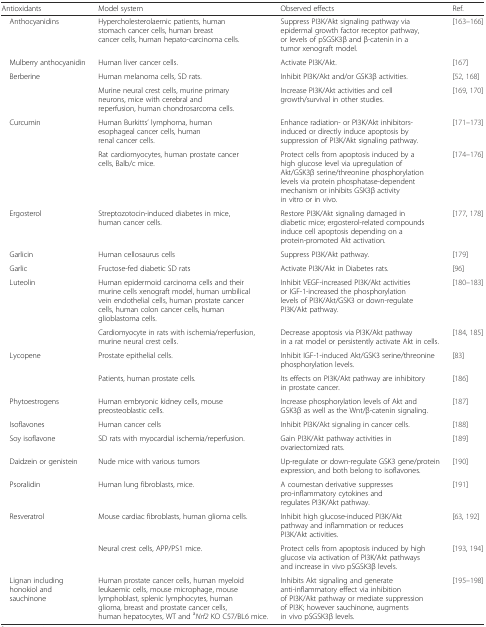
<table><thead><tr><td><b>Antioxidants</b></td><td><b>Model system</b></td><td><b>Observed effects</b></td><td><b>Ref.</b></td></tr></thead><tbody><tr><td> Anthocyanidins</td><td>Hypercholesterolaemic patients, human stomach cancer cells, human breast cancer cells, human hepato-carcinoma cells.</td><td>Suppress PI3K/Akt signaling pathway via epidermal growth factor receptor pathway, or levels of pSGSK3β and β-catenin in a tumor xenograft model.</td><td>[163–166]</td></tr><tr><td> Mulberry anthocyanidin</td><td>Human liver cancer cells.</td><td>Activate PI3K/Akt.</td><td>[167]</td></tr><tr><td rowspan="2"> Berberine</td><td>Human melanoma cells, SD rats.</td><td>Inhibit PI3K/Akt and/or GSK3β activities.</td><td>[52, 168]</td></tr><tr><td>Murine neural crest cells, murine primary neurons, mice with cerebral and reperfusion, human chondrosarcoma cells.</td><td>Increase PI3K/Akt activities and cell growth/survival in other studies.</td><td>[169, 170]</td></tr><tr><td rowspan="2"> Curcumin</td><td>Human Burkitts’ lymphoma, human esophageal cancer cells, human renal cancer cells.</td><td>Enhance radiation- or PI3K/Akt inhibitors-induced or directly induce apoptosis by suppression of PI3K/Akt signaling pathway.</td><td>[171–173]</td></tr><tr><td>Rat cardiomyocytes, human prostate cancer cells, Balb/c mice.</td><td>Protect cells from apoptosis induced by a high glucose level via upregulation of Akt/GSK3β serine/threonine phosphorylation levels via protein phosphatase-dependent mechanism or inhibits GSK3β activity in vitro or in vivo.</td><td>[174–176]</td></tr><tr><td> Ergosterol</td><td>Streptozotocin-induced diabetes in mice, human cancer cells.</td><td>Restore PI3K/Akt signaling damaged in diabetic mice; ergosterol-related compounds induce cell apoptosis depending on a protein-promoted Akt activation.</td><td>[177, 178]</td></tr><tr><td> Garlicin</td><td>Human cellosaurus cells</td><td>Suppress PI3K/Akt pathway.</td><td>[179]</td></tr><tr><td> Garlic</td><td>Fructose-fed diabetic SD rats</td><td>Activate PI3K/Akt in Diabetes rats.</td><td>[96]</td></tr><tr><td rowspan="2"> Luteolin</td><td>Human epidermoid carcinoma cells and their murine cells xenograft model, human umbilical vein endothelial cells, human prostate cancer cells, human colon cancer cells, human glioblastoma cells.</td><td>Inhibit VEGF-increased PI3K/Akt activities or IGF-1-increased the phosphorylation levels of PI3K/Akt/GSK3 or down-regulate PI3K/Akt pathway.</td><td>[180–183]</td></tr><tr><td>Cardiomyocyte in rats with ischemia/reperfusion, murine neural crest cells.</td><td>Decrease apoptosis via PI3K/Akt pathway in a rat model or persistently activate Akt in cells.</td><td>[184, 185]</td></tr><tr><td rowspan="2"> Lycopene</td><td>Prostate epithelial cells.</td><td>Inhibit IGF-1-induced Akt/GSK3 serine/threonine phosphorylation levels.</td><td>[83]</td></tr><tr><td>Patients, human prostate cells.</td><td>Its effects on PI3K/Akt pathway are inhibitory in prostate cancer.</td><td>[186]</td></tr><tr><td> Phytoestrogens</td><td>Human embryonic kidney cells, mouse preosteoblastic cells.</td><td>Increase phosphorylation levels of Akt and GSK3β as well as the Wnt/β-catenin signaling.</td><td>[187]</td></tr><tr><td> Isoflavones</td><td>Human cancer cells</td><td>Inhibit PI3K/Akt signaling in cancer cells.</td><td>[188]</td></tr><tr><td> Soy isoflavone</td><td>SD rats with myocardial ischemia/reperfusion.</td><td>Gain PI3K/Akt pathway activities in ovariectomized rats.</td><td>[189]</td></tr><tr><td> Daidzein or genistein</td><td>Nude mice with various tumors</td><td>Up-regulate or down-regulate GSK3 gene/protein expression, and both belong to isoflavones.</td><td>[190]</td></tr><tr><td> Psoralidin</td><td>Human lung fibroblasts, mice.</td><td>A coumestan derivative suppresses pro-inflammatory cytokines and regulates PI3K/Akt pathway.</td><td>[191]</td></tr><tr><td rowspan="2"> Resveratrol</td><td>Mouse cardiac fibroblasts, human glioma cells.</td><td>Inhibit high glucose-induced PI3K/Akt pathway and inflammation or reduces PI3K/Akt activities.</td><td>[63, 192]</td></tr><tr><td>Neural crest cells, APP/PS1 mice.</td><td>Protect cells from apoptosis induced by high glucose via activation of PI3K/Akt pathways and increase in vivo pSGSK3β levels.</td><td>[193, 194]</td></tr><tr><td> Lignan includinghonokiol andsauchinone</td><td>Human prostate cancer cells, human myeloid leukaemic cells, mouse microphage, mouse lymphoblast, splenic lymphocytes, human glioma, breast and prostate cancer cells, human hepatocytes, WT and <sup>a</sup><i>Nrf2</i> KO C57/BL6 mice.</td><td>Inhibits Akt signaling and generate anti-inflammatory effect via inhibition of PI3K/Akt pathway or mediate suppression of PI3K; however sauchinone, augments in vivo pSGSK3β levels.</td><td>[195–198]</td></tr></tbody></table>